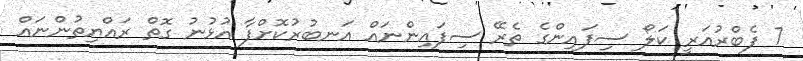
7 ފެބްރުއަރީ ކަލޯ ސިފައިންގެ ތެރޭ ސިފައިންނައް އަނބުރުކޮށްފާ އުޅުނު ގޮތް ރައްޔިތުންނައް